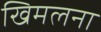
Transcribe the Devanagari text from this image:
खिमलना